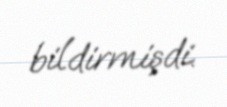
bildirmişdi.